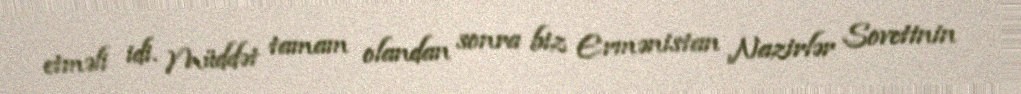
etməli idi. Müddət tamam olandan sonra biz Ermənistan Nazirlər Sovetinin